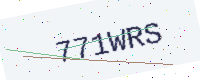
Text: 771WRS